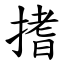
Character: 搘